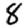
Digit: 8